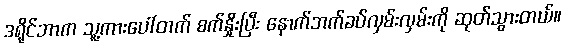
ဒရိုင်ဘာက သူ့ကားပေါ်တက် စက်နှိုးပြီး နောက်ဘက်ခပ်လှမ်းလှမ်းကို ဆုတ်သွားတယ်။